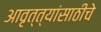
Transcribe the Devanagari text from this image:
आवृत्त्यांसाठीचे